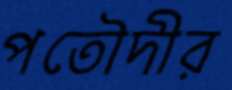
পতৌদীর